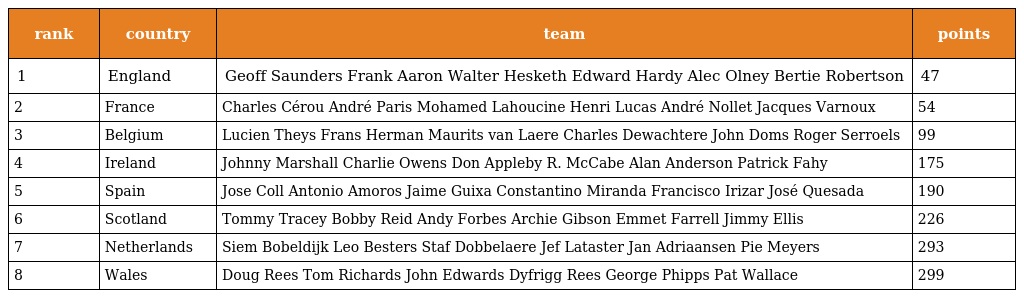
| rank | country | team | points |
 | --- | --- | --- | --- |
 | 1 | England | Geoff Saunders Frank Aaron Walter Hesketh Edward Hardy Alec Olney Bertie Robertson | 47 |
 | 2 | France | Charles Cérou André Paris Mohamed Lahoucine Henri Lucas André Nollet Jacques Varnoux | 54 |
 | 3 | Belgium | Lucien Theys Frans Herman Maurits van Laere Charles Dewachtere John Doms Roger Serroels | 99 |
 | 4 | Ireland | Johnny Marshall Charlie Owens Don Appleby R. McCabe Alan Anderson Patrick Fahy | 175 |
 | 5 | Spain | Jose Coll Antonio Amoros Jaime Guixa Constantino Miranda Francisco Irizar José Quesada | 190 |
 | 6 | Scotland | Tommy Tracey Bobby Reid Andy Forbes Archie Gibson Emmet Farrell Jimmy Ellis | 226 |
 | 7 | Netherlands | Siem Bobeldijk Leo Besters Staf Dobbelaere Jef Lataster Jan Adriaansen Pie Meyers | 293 |
 | 8 | Wales | Doug Rees Tom Richards John Edwards Dyfrigg Rees George Phipps Pat Wallace | 299 |